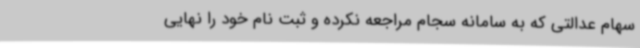
سهام عدالتی که به سامانه سجام مراجعه نکرده و ثبت نام خود را نهایی